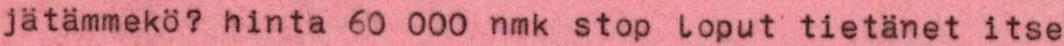
jätämmekö? hinta 60 000 nmk stop loput tietänet itse